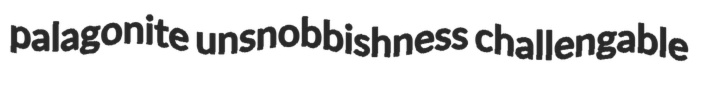
palagonite unsnobbishness challengable